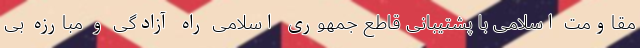
مقاومت اسلامی با پشتیبانی قاطع جمهوری اسلامی راه آزادگی و مبارزه بی